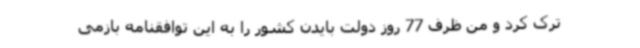
ترک کرد و من ظرف 77 روز دولت بایدن کشور را به این توافقنامه بازمی